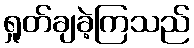
ရှုတ်ချခဲ့ကြသည်